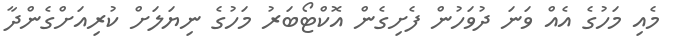
މެއި މަހުގެ އެއް ވަނަ ދުވަހުން ފެށިގެން އޮކްޓޯބަރު މަހުގެ ނިޔަލަށް ކުރިއަށްގެންދާ